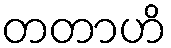
တတာဟိ